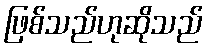
ဖြစ်သည်ဟုဆိုသည်